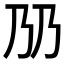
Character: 𬼅